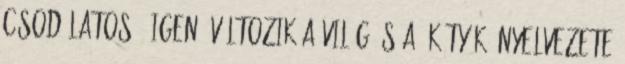
csodálatos?: Igen, változik a világ, s a "kütyük" nyelvezete